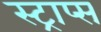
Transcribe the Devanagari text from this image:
स्ट्राप्स